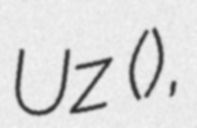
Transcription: Uz (عوض),